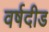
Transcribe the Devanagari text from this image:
वर्षदीड